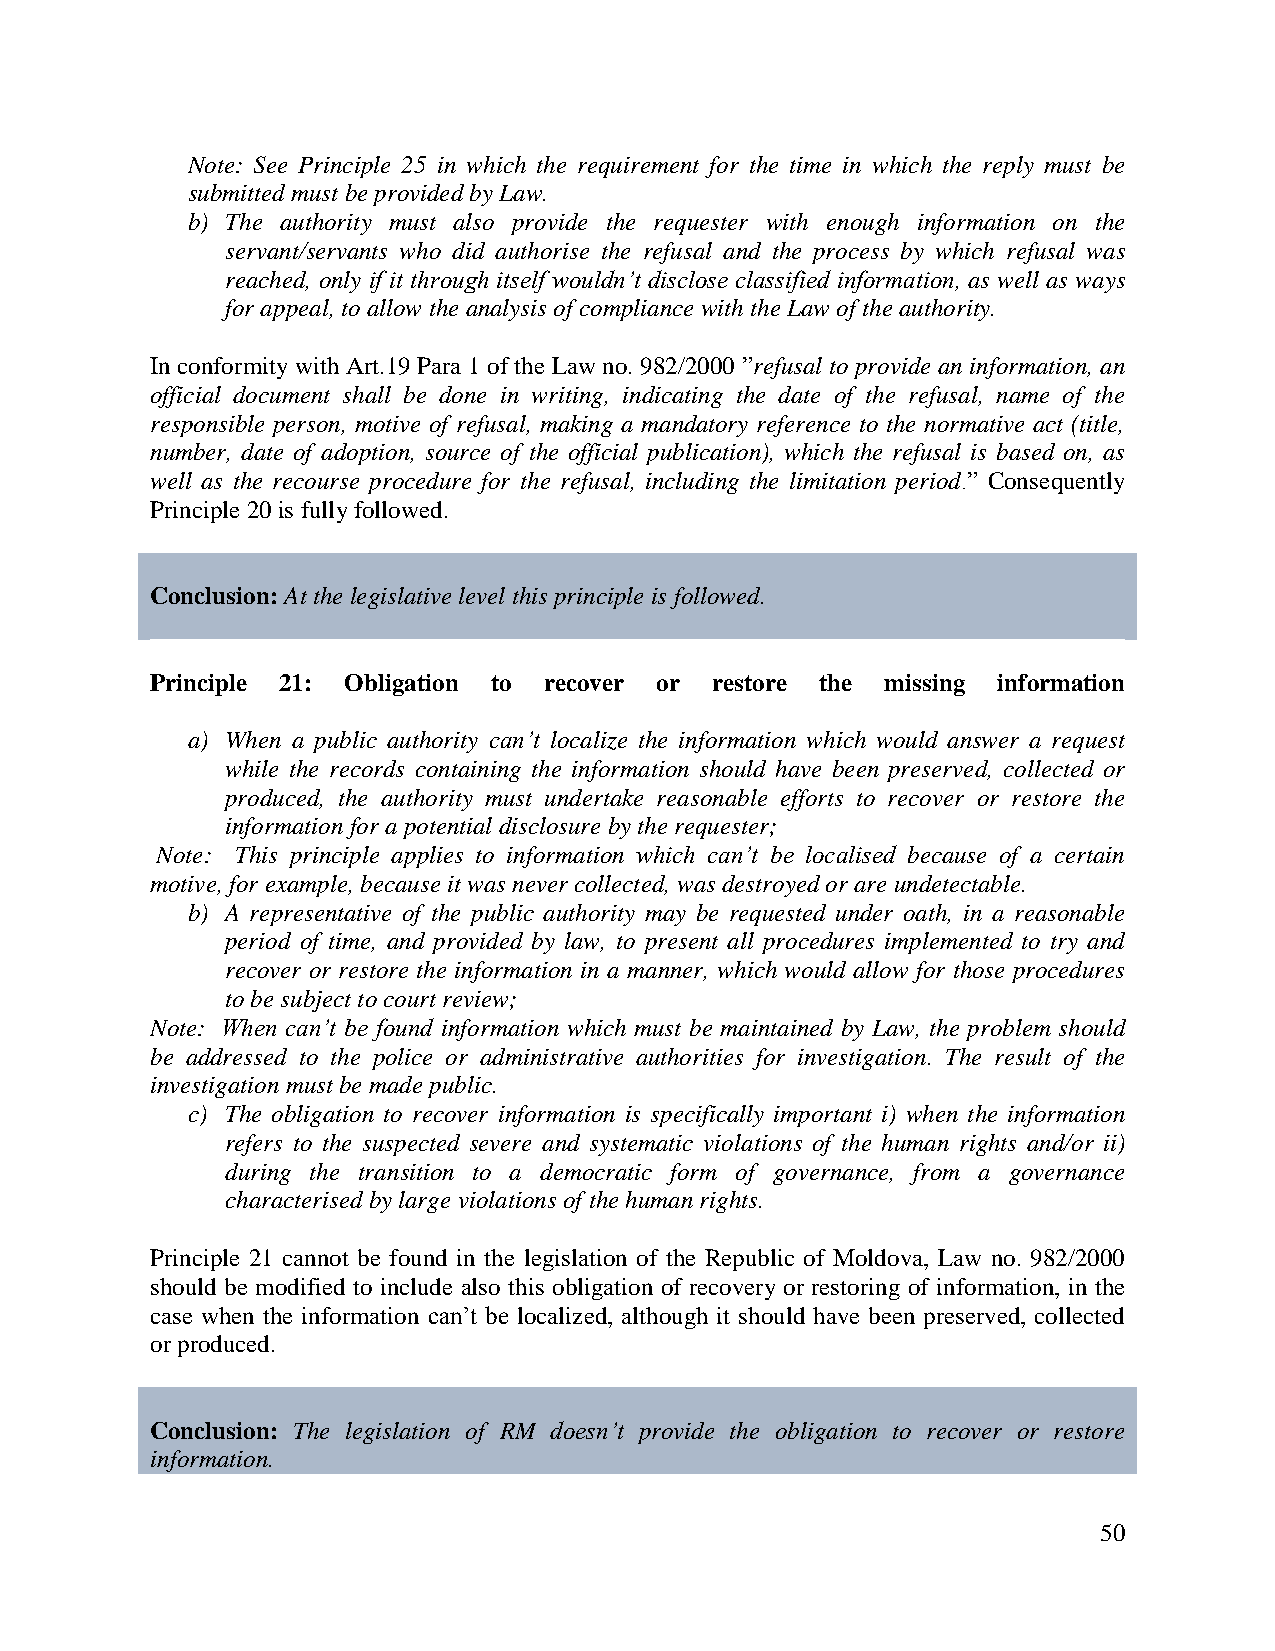
Note: See Principle 25 in which the requirement for the time in which the reply must be
 submitted must be provided by Law.
 b) The authority must also provide the requester with enough information on the
 servant/servants who did authorise the refusal and the process by which refusal was
 reached, only if it through itself wouldn’t disclose classified information, as well as ways
 for appeal, to allow the analysis of compliance with the Law of the authority.
 In conformity with Art.19 Para 1 of the Law no. 982/2000 ”refusal to provide an information, an
 official document shall be done in writing, indicating the date of the refusal, name of the
 responsible person, motive of refusal, making a mandatory reference to the normative act (title,
 number, date of adoption, source of the official publication), which the refusal is based on, as
 well as the recourse procedure for the refusal, including the limitation period.” Consequently
 Principle 20 is fully followed.
 Conclusion: At the legislative level this principle is followed.
 Principle 21: Obligation to recover or restore the missing information
 a) When a public authority can’t localize the information which would answer a request
 while the records containing the information should have been preserved, collected or
 produced, the authority must undertake reasonable efforts to recover or restore the
 information for a potential disclosure by the requester;
 Note: This principle applies to information which can’t be localised because of a certain
 motive, for example, because it was never collected, was destroyed or are undetectable.
 b) A representative of the public authority may be requested under oath, in a reasonable
 period of time, and provided by law, to present all procedures implemented to try and
 recover or restore the information in a manner, which would allow for those procedures
 to be subject to court review;
 Note: When can’t be found information which must be maintained by Law, the problem should
 be addressed to the police or administrative authorities for investigation. The result of the
 investigation must be made public.
 c) The obligation to recover information is specifically important i) when the information
 refers to the suspected severe and systematic violations of the human rights and/or ii)
 during the transition to a democratic form of governance, from a governance
 characterised by large violations of the human rights.
 Principle 21 cannot be found in the legislation of the Republic of Moldova, Law no. 982/2000
 should be modified to include also this obligation of recovery or restoring of information, in the
 case when the information can’t be localized, although it should have been preserved, collected
 or produced.
 Conclusion: The legislation of RM doesn’t provide the obligation to recover or restore
 information.
 50